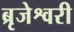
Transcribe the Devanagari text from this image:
ब्रृजेश्वरी